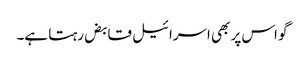
گو اس پر بھی اسرائیل قابض رہتا ہے۔